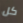
كل